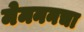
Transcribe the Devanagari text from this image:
मेमननचा